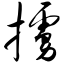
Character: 掳